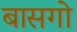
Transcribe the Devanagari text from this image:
बासगो